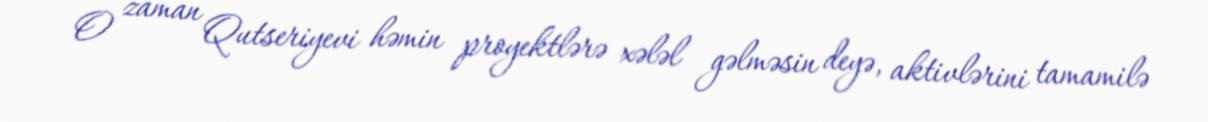
O zaman Qutseriyevi həmin proyektlərə xələl gəlməsin deyə, aktivlərini tamamilə